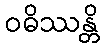
ဝဓိဿန္တိ